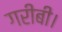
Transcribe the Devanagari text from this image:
गरीबी।